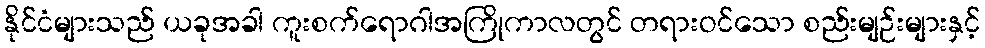
နိုင်ငံများသည် ယခုအခါ ကူးစက်ရောဂါအကြိုကာလတွင် တရားဝင်သော စည်းမျဉ်းများနှင့်